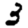
Digit: 3